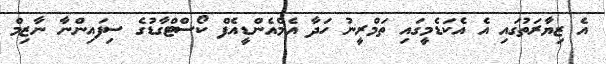
އެ ޒިޔާރަތުގައި އެ އެކަޑެމީގައި ތަމްރީނު ހަދާ އެމްއެންޑީއެފް ކޯސްޓްގާޑުގެ ސިފައިންނާ ނާޒިމް